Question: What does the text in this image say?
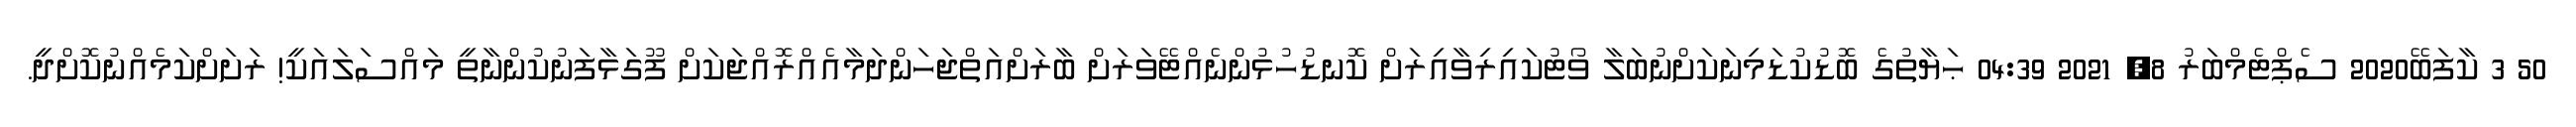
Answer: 50 3 ކާފަބޭ2020 ސެޕްޓެމްބަރު 8, 2021 04:39 ޙަޔާތުގެ ބޮޑުކުޑަމިނަކަށްނުބަލާ ވޯޓުކައިރިވާއިރަށް ކޮނޑުހުޅުންނެއްޓޭވަރަށް ބާރަށްއަތްޖަހަންދަމާއެއްރޮއްޖަކަށް ފޫގަޅާފަނުކުންނާތީ މައްސަލައަކީ! ރަށަށްކަމެއްނުކޮށްދީ.